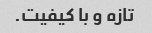
تازه و با کیفیت.